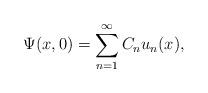
LaTeX: \begin{align*}\Psi(x,0) = \sum_{n=1}^\infty C_n u_n(x),\end{align*}